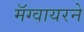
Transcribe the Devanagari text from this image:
मॅग्वायरने